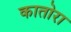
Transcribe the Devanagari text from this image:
कातोरा